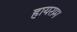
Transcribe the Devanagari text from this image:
हायराम